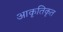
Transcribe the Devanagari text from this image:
आकृतिकृत